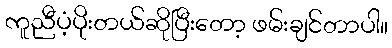
ကူညီပံ့ပိုးတယ်ဆိုပြီးတော့ ဖမ်းချင်တာပါ။